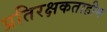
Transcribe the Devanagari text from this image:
प्रतिरक्षकताहीन